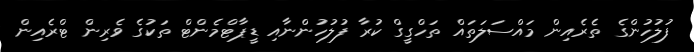
ފުލުހުންގެ ތެރެއިން މައްސަލަތައް ތަހްގީގް ކުރާ ފުލުހުންނާއި ޑީޕާޓްމެންޓް ތަކުގެ ވެރިން ޓްރެއިން